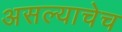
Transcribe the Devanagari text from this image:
असल्याचेच